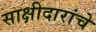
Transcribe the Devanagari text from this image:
साक्षीदारांचे